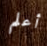
أعلم